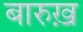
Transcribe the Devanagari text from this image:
बारुख़